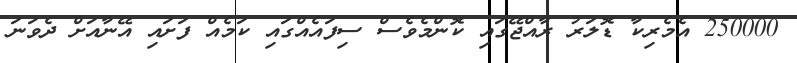
250000 އެމެރިކާ ޑޮލަރު ރާއްޖޭގައި ކޮންމެވެސް ސިފައެއްގައި ކަމެއް ފަށައި އޭނާއަށް ދެވަނަ